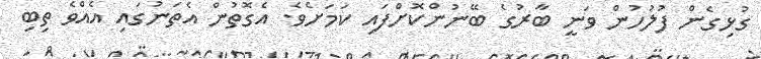
ގުޅިގެން ފުލުހުން ވަނީ ބާރުގެ ބޭނުންކޮށްފައި ކަމަަށެވެ. އެގޮތުން އެތަނުގައި އެއްވެ ތިބި